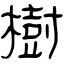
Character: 樹